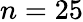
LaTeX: n=25